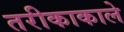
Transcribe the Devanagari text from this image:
तरीकाकाले